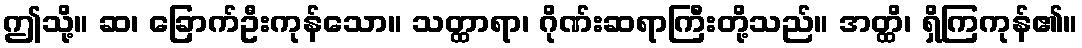
ဤသို့။ ဆ၊ ခြောက်ဦးကုန်သော။ သတ္ထာရာ၊ ဂိုဏ်းဆရာကြီးတို့သည်။ အတ္ထိ၊ ရှိကြကုန်၏။